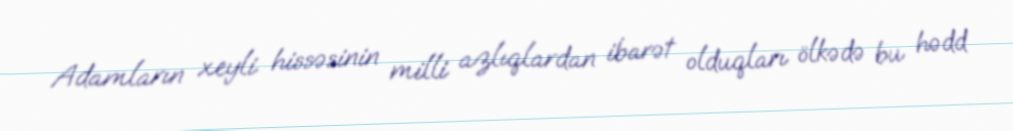
Adamların xeyli hissəsinin milli azlıqlardan ibarət olduqları ölkədə bu hədd